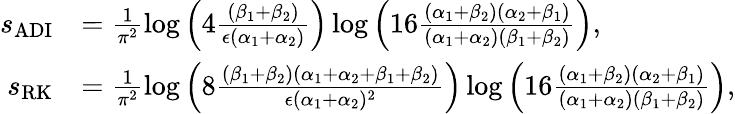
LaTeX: \begin{array}{rl}{s_{\mathrm{ADI}}}&{=\frac{1}{\pi^{2}}\log\left(4\frac{(\beta_{1}+\beta_{2})}{\epsilon(\alpha_{1}+\alpha_{2})}\right)\log\left(16\frac{(\alpha_{1}+\beta_{2})(\alpha_{2}+\beta_{1})}{(\alpha_{1}+\alpha_{2})(\beta_{1}+\beta_{2})}\right),}\\ {s_{\mathrm{RK}}}&{=\frac{1}{\pi^{2}}\log\left(8\frac{(\beta_{1}+\beta_{2})(\alpha_{1}+\alpha_{2}+\beta_{1}+\beta_{2})}{\epsilon(\alpha_{1}+\alpha_{2})^{2}}\right)\log\left(16\frac{(\alpha_{1}+\beta_{2})(\alpha_{{2}}+\beta_{1})}{(\alpha_{1}+\alpha_{2})(\beta_{1}+\beta_{2})}\right),}\end{array}